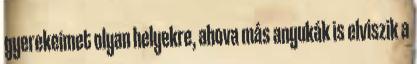
gyerekeimet olyan helyekre, ahova más anyukák is elviszik a